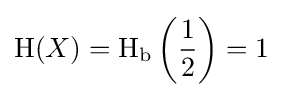
\operatorname {H} (X)=\operatorname {H} _{\text{b}}\left({\frac {1}{2}}\right)=1